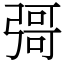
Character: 彁